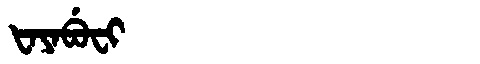
Manchu: ᡶᠠᠶᠠᠪᡠᠸᡳ
Romanization: FAYABUFI